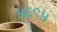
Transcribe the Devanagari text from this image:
५६९५